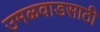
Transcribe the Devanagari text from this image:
उमळवाडसाठी